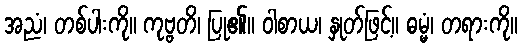
အညံ၊ တစ်ပါးကို။ ကုဗ္ဗတိ၊ ပြု၏။ ဝါစာယ၊ နှုတ်ဖြင့်။ ဓမ္မံ၊ တရားကို။